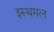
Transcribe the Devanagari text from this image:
इस्थमल